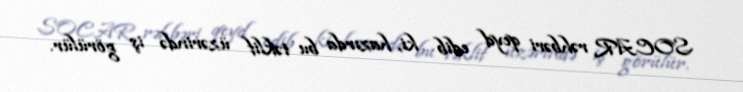
SOCAR rəhbəri qeyd edib ki, hazırda bu təklif üzərində iş görülür.